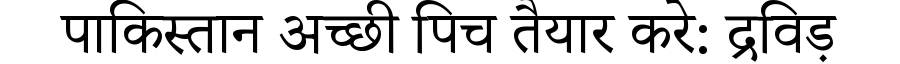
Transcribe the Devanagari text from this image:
पाकिस्तान अच्छी पिच तैयार करे: द्रविड़